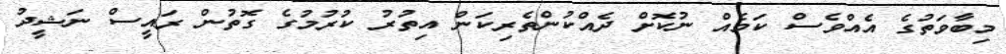
މިބާވަތުގެ އެއްވެސް ކަމެއް ނުކޮށް ދެއްކުންތެރިކަން އިތުރު ކުރުމުގެ ގޮތުން ރައީސް ނަޝީދު